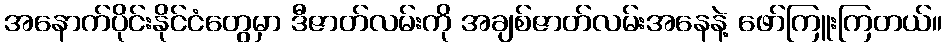
အနောက်ပိုင်းနိုင်ငံတွေမှာ ဒီဇာတ်လမ်းကို အချစ်ဇာတ်လမ်းအနေနဲ့ ဖော်ကြူးကြတယ်။